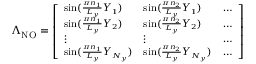
\begin{array} { r } { \small \Lambda _ { \mathrm { N O } } = \left[ \begin{array} { l l l } { \sin ( \frac { \pi n _ { 1 } } { L _ { y } } Y _ { 1 } ) } & { \sin ( \frac { \pi n _ { 2 } } { L _ { y } } Y _ { 1 } ) } & { \hdots } \\ { \sin ( \frac { \pi n _ { 1 } } { L _ { y } } Y _ { 2 } ) } & { \sin ( \frac { \pi n _ { 2 } } { L _ { y } } Y _ { 2 } ) } & { \hdots } \\ { \vdots } & { \vdots } & { \hdots } \\ { \sin ( \frac { \pi n _ { 1 } } { L _ { y } } Y _ { N _ { y } } ) } & { \sin ( \frac { \pi n _ { 2 } } { L _ { y } } Y _ { N _ { y } } ) } & { \hdots } \end{array} \right] } \end{array}